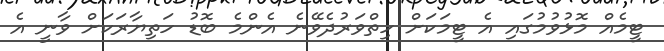
ޓީމެއް މޮޅުވުމުގައި އެ ޓީމަކަށް ހިތްވަރުދެވޭނެ އެންމެ ބޮޑު ހަތިޔާރަކަށް ވާނީ އެ